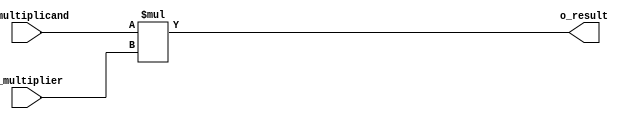
`define SIMULATION
`define DWIDTH 8
`define DESIGN_SIZE 16
`define LOG2_DESIGN_SIZE 5
`define MAT_MUL_SIZE 16
`define MASK_WIDTH 16
`define LOG2_MAT_MUL_SIZE 5
`define AWIDTH 10
`define NUM_CYCLES_IN_MAC 3
`define MEM_ACCESS_LATENCY 1
`define REG_DATAWIDTH 32
`define REG_ADDRWIDTH 8
`define ADDR_STRIDE_WIDTH 16
`define MAX_BITS_POOL 3
`define REG_ENABLES_ADDR 32'h0
`define REG_STDN_TPU_ADDR 32'h4
`define REG_MEAN_ADDR 32'h8
`define REG_INV_VAR_ADDR 32'hA
`define REG_MATRIX_A_ADDR 32'he
`define REG_MATRIX_B_ADDR 32'h12
`define REG_MATRIX_C_ADDR 32'h16
`define REG_ACCUM_ACTIONS_ADDR 32'h24
`define REG_MATRIX_A_STRIDE_ADDR 32'h28
`define REG_MATRIX_B_STRIDE_ADDR 32'h32
`define REG_MATRIX_C_STRIDE_ADDR 32'h36
`define REG_ACTIVATION_CSR_ADDR 32'h3A
`define REG_POOL_WINDOW_ADDR 32'h3E
`define REG_CONV_PARAMS_1_ADDR 32'h40
`define REG_CONV_PARAMS_2_ADDR 32'h44
`define REG_CONV_PARAMS_3_ADDR 32'h48
`define REG_CONV_PARAMS_4_ADDR 32'h4C
`define REG_BATCH_SIZE_ADDR 32'h50
`define REG_VALID_MASK_A_ROWS_ADDR 32'h20
`define REG_VALID_MASK_A_COLS_ADDR 32'h54
`define REG_VALID_MASK_B_ROWS_ADDR 32'h5c
`define REG_VALID_MASK_B_COLS_ADDR 32'h58
//This used to be a normal signal, but changing it to a `define.
`define final_mat_mul_size 16
`define IDLE     2'b00
`define W_ENABLE  2'b01
`define R_ENABLE  2'b10
`define STATE_INIT         4'b0000
`define STATE_MATMUL       4'b0001
`define STATE_NORM         4'b0010
`define STATE_POOL         4'b0011
`define STATE_ACTIVATION   4'b0100
`define STATE_DONE         4'b0101

module qmult(i_multiplicand,i_multiplier,o_result);
input [`DWIDTH-1:0] i_multiplicand;
input [`DWIDTH-1:0] i_multiplier;
output [2*`DWIDTH-1:0] o_result;

assign o_result = i_multiplicand * i_multiplier;
//DW02_mult #(`DWIDTH,`DWIDTH) u_mult(.A(i_multiplicand), .B(i_multiplier), .TC(1'b1), .PRODUCT(o_result));

endmodule